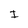
Character: I